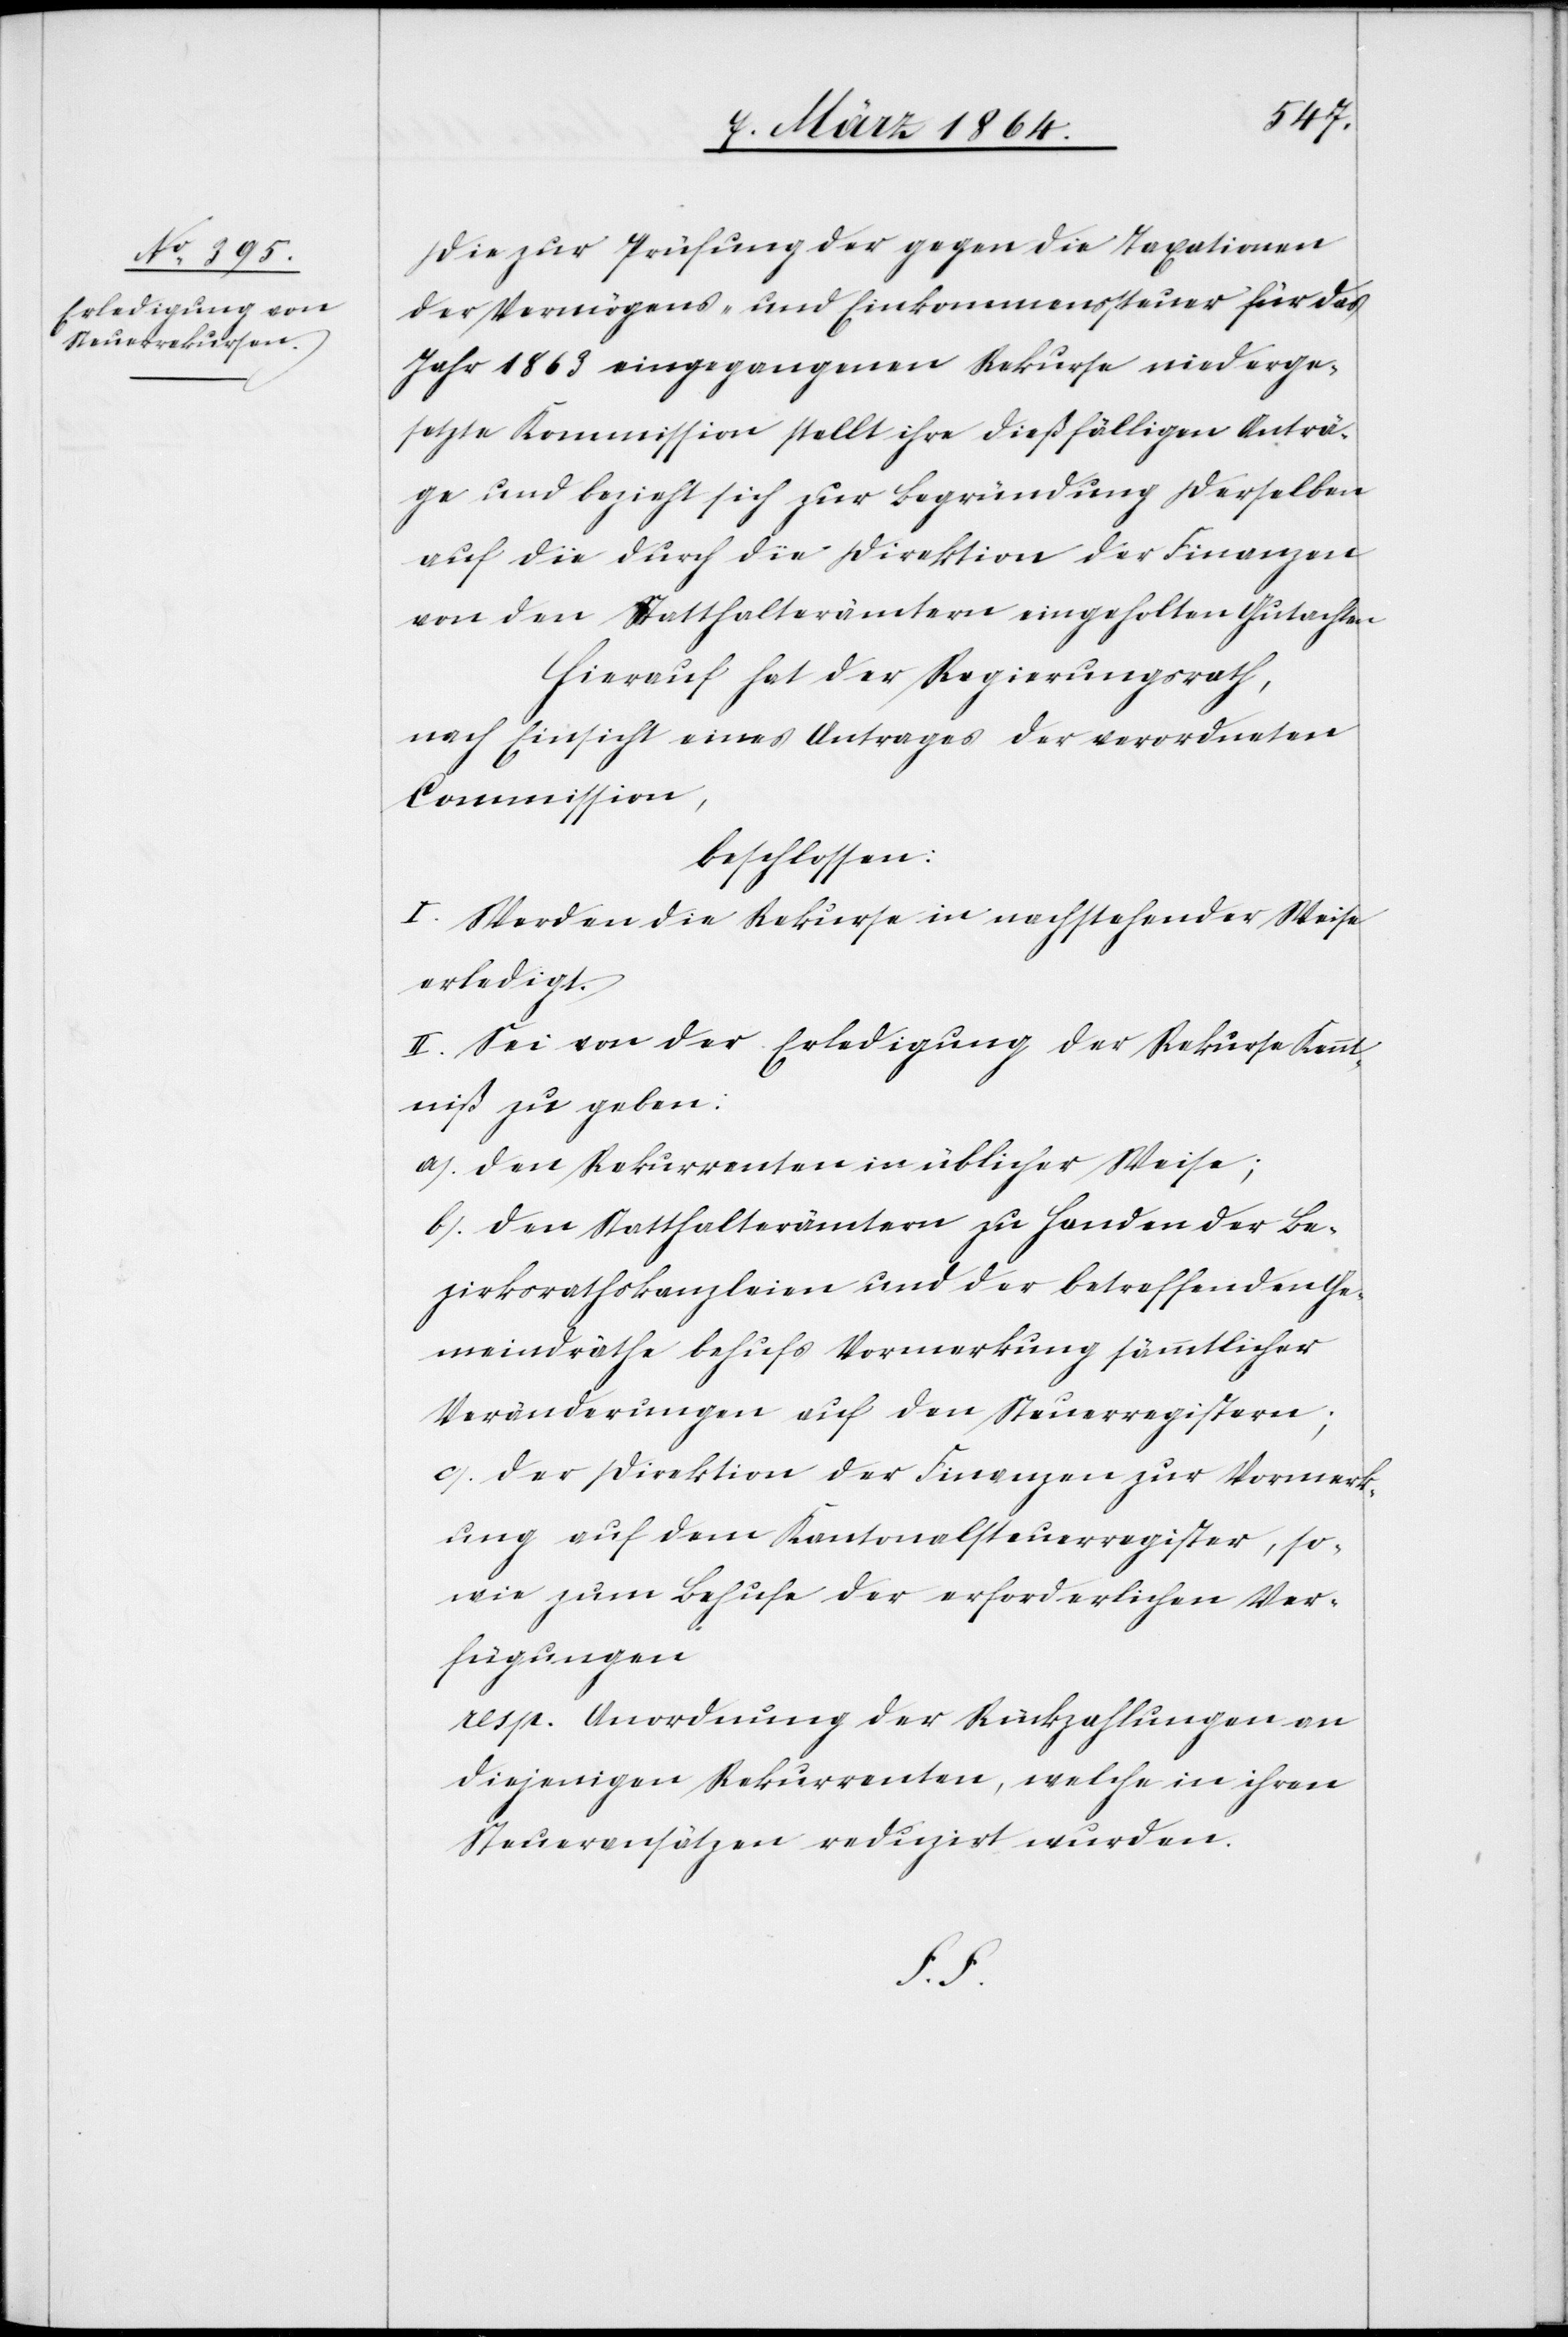
Die zur Prüfung der gegen die Taxationen
der Vermögens- und Einkommenssteuer für das
Jahr 1863 eingegangenen Rekurse niederge¬
setzte Kommission stellt ihre dießfälligen Anträ¬
ge und bezieht sich zur Begründung derselben
auf die durch die Direktion der Finanzen
von den Statthalterämtern eingeholten Gutachten[.]
Hierauf hat der Regierungsrath,
nach Einsicht eines Antrages der verordneten
Commission,
beschlossen:
I. Werden die Rekurse in nachstehender Weise
erledigt.
II. Sei von der Erledigung der Rekurse Kennt¬
niß zu geben:
a.) Den Rekurrenten in üblicher Weise
b.) Den Statthalterämtern zu Handen der Be¬
zirksrathskanzleien und der betreffenden Ge¬
meindräthe behufs Vormerkung sämmtlicher
Veränderungen auf den Steuerregistern;
c.) Der Direktion der Finanzen zur Vormerk¬
ung auf dem Kantonalsteuerregister, so¬
wie zum Behufe der erforderlichen Ver¬
fügungen
resp. Anordnung der Rückzahlungen an
diejenigen Rekurrenten, welche in ihren
Steueransätzen reduzirt worden.
f.f.